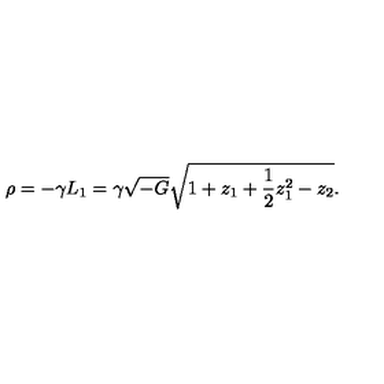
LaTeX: \rho = - \gamma L _ { 1 } = \gamma \sqrt { - G } \sqrt { 1 + z _ { 1 } + { \frac { 1 } { 2 } } z _ { 1 } ^ { 2 } - z _ { 2 } } .